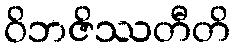
ဝိဘဇိဿတီတိ